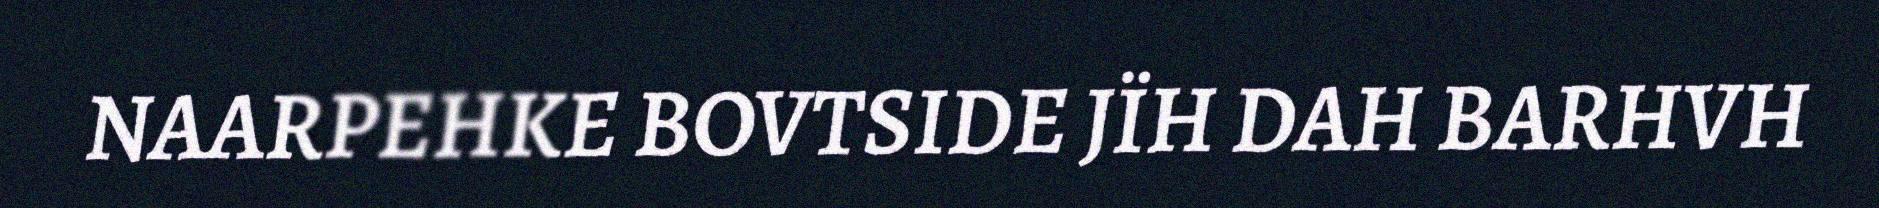
NAARPEHKE BOVTSIDE JÏH DAH BARHVH